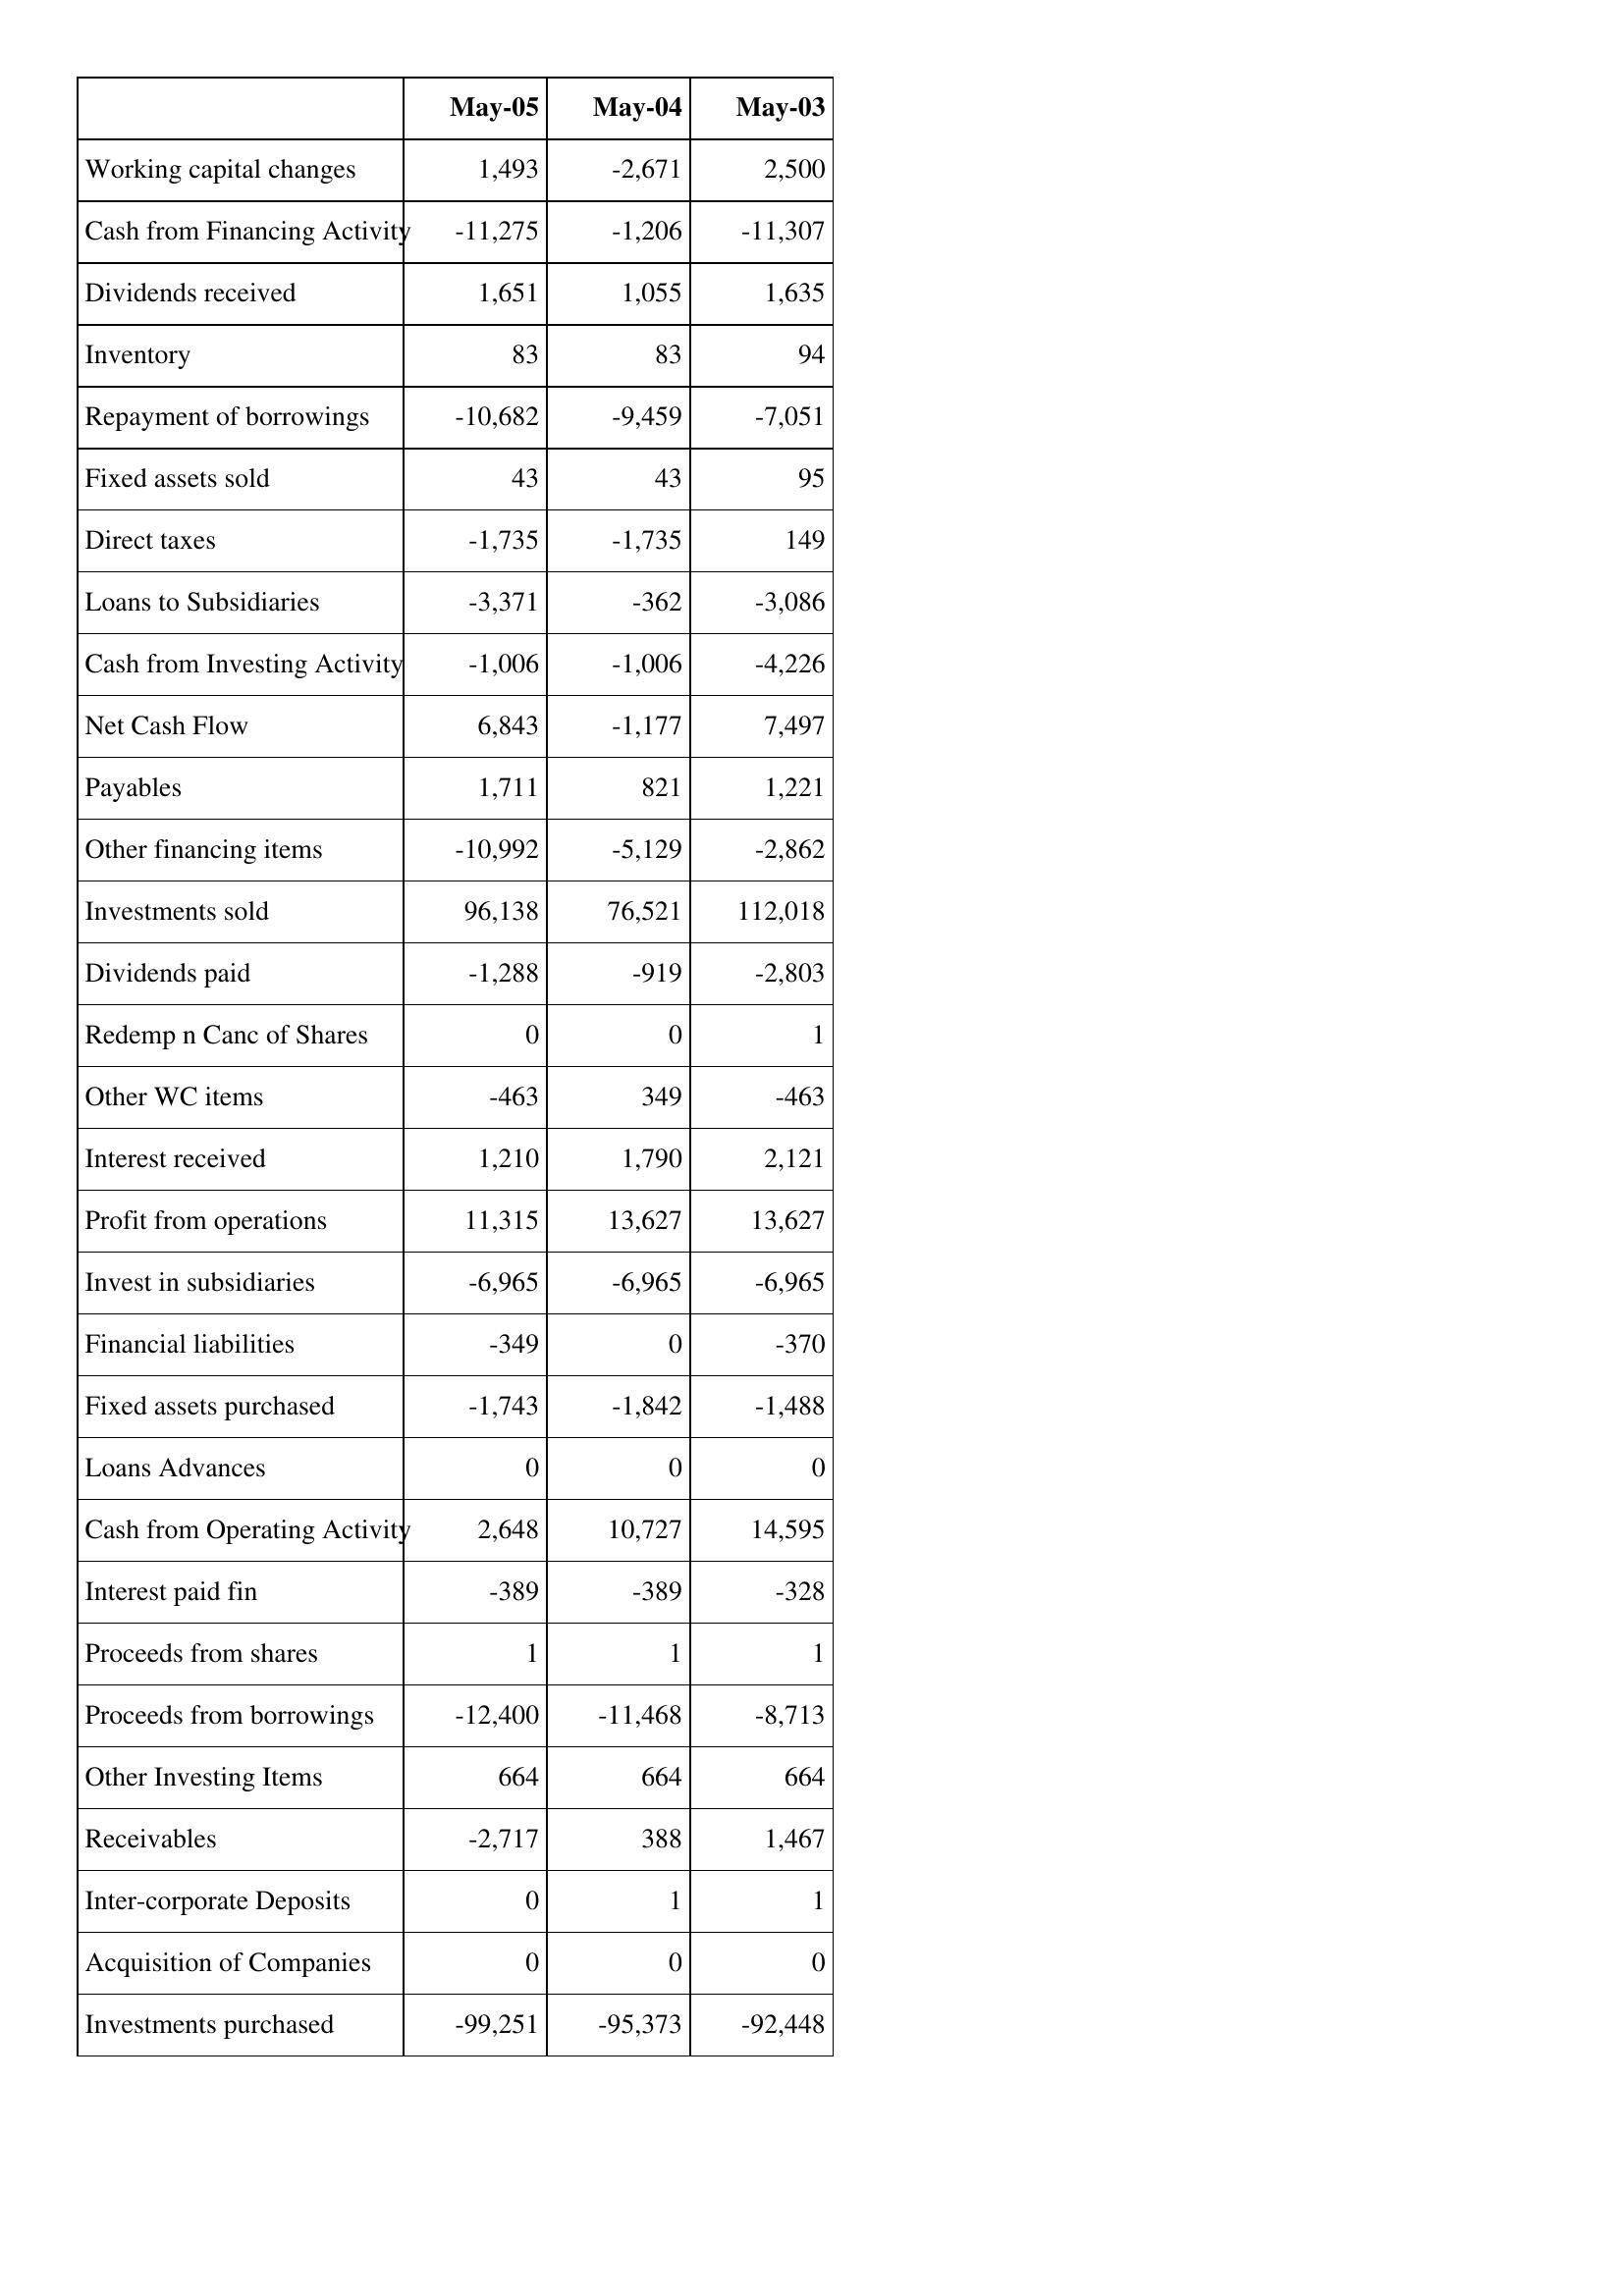
May-05: Cash Flows: Working capital changes: 1,493
Cash from Financing Activity: -11,275
Dividends received: 1,651
Inventory: 83
Repayment of borrowings: -10,682
Fixed assets sold: 43
Direct taxes: -1,735
Loans to Subsidiaries: -3,371
Cash from Investing Activity: -1,006
Net Cash Flow: 6,843
Payables: 1,711
Other financing items: -10,992
Investments sold: 96,138
Dividends paid: -1,288
Redemp n Canc of Shares: 0
Other WC items: -463
Interest received: 1,210
Profit from operations: 11,315
Invest in subsidiaries: -6,965
Financial liabilities: -349
Fixed assets purchased: -1,743
Loans Advances: 0
Cash from Operating Activity: 2,648
Interest paid fin: -389
Proceeds from shares: 1
Proceeds from borrowings: -12,400
Other Investing Items: 664
Receivables: -2,717
Inter-corporate Deposits: 0
Acquisition of Companies: 0
Investments purchased: -99,251
May-04: Cash Flows: Working capital changes: -2,671
Cash from Financing Activity: -1,206
Dividends received: 1,055
Inventory: 83
Repayment of borrowings: -9,459
Fixed assets sold: 43
Direct taxes: -1,735
Loans to Subsidiaries: -362
Cash from Investing Activity: -1,006
Net Cash Flow: -1,177
Payables: 821
Other financing items: -5,129
Investments sold: 76,521
Dividends paid: -919
Redemp n Canc of Shares: 0
Other WC items: 349
Interest received: 1,790
Profit from operations: 13,627
Invest in subsidiaries: -6,965
Financial liabilities: 0
Fixed assets purchased: -1,842
Loans Advances: 0
Cash from Operating Activity: 10,727
Interest paid fin: -389
Proceeds from shares: 1
Proceeds from borrowings: -11,468
Other Investing Items: 664
Receivables: 388
Inter-corporate Deposits: 1
Acquisition of Companies: 0
Investments purchased: -95,373
May-03: Cash Flows: Working capital changes: 2,500
Cash from Financing Activity: -11,307
Dividends received: 1,635
Inventory: 94
Repayment of borrowings: -7,051
Fixed assets sold: 95
Direct taxes: 149
Loans to Subsidiaries: -3,086
Cash from Investing Activity: -4,226
Net Cash Flow: 7,497
Payables: 1,221
Other financing items: -2,862
Investments sold: 112,018
Dividends paid: -2,803
Redemp n Canc of Shares: 1
Other WC items: -463
Interest received: 2,121
Profit from operations: 13,627
Invest in subsidiaries: -6,965
Financial liabilities: -370
Fixed assets purchased: -1,488
Loans Advances: 0
Cash from Operating Activity: 14,595
Interest paid fin: -328
Proceeds from shares: 1
Proceeds from borrowings: -8,713
Other Investing Items: 664
Receivables: 1,467
Inter-corporate Deposits: 1
Acquisition of Companies: 0
Investments purchased: -92,448